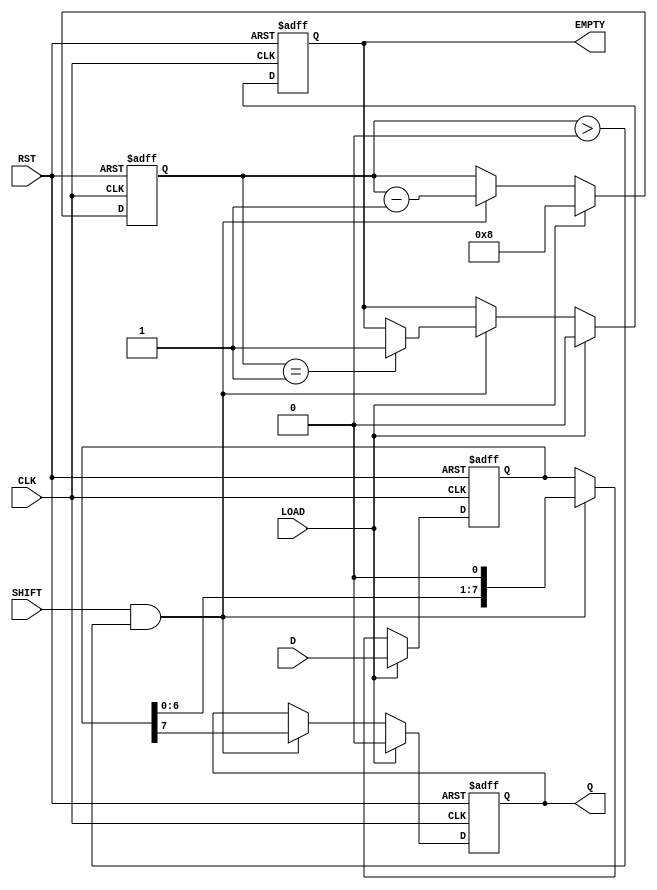
module loadable_piso #(
    parameter N = 8  // Define the bit width of the register
)(
    input wire [N-1:0] D,     // Parallel Data Input
    input wire LOAD,          // Load Signal
    input wire SHIFT,         // Shift Signal
    input wire CLK,           // Clock Signal
    input wire RST,           // Reset Signal
    output reg Q,             // Serial Output
    output reg EMPTY          // Empty Flag
);

reg [N-1:0] shift_reg;       // Internal shift register
reg [3:0] count;             // Counter to track the number of shifted bits

// Asynchronous reset
always @(posedge CLK or posedge RST) begin
    if (RST) begin
        shift_reg <= {N{1'b0}}; // Clear the register
        Q <= 1'b0;              // Clear the serial output
        EMPTY <= 1'b1;          // Set EMPTY flag
        count <= 0;             // Reset counter
    end else begin
        if (LOAD) begin
            shift_reg <= D;     // Load parallel data into the register
            Q <= 1'b0;          // Clear the serial output
            EMPTY <= 1'b0;      // Clear EMPTY flag
            count <= N;         // Set count to N (all bits loaded)
        end else if (SHIFT && count > 0) begin
            Q <= shift_reg[N-1]; // Output the MSB to Q
            shift_reg <= shift_reg << 1; // Shift left
            count <= count - 1; // Decrement the counter
            if (count == 1) begin
                EMPTY <= 1'b1;  // Set EMPTY flag when all bits are shifted out
            end
        end
    end
end

endmodule